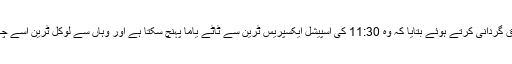
اس شخص نے ضخیم ٹائم ٹیبل کی ورق گردانی کرتے ہوئے بتایا کہ وہ 11:30 کی اسپیشل ایکسپریس ٹرین سے ٹاٹے یاما پہنچ سکتا ہے اور وہاں سے لوکل ٹرین اسے چکوراقریب دو بجے تک پہنچا دے گی۔